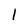
Character: 1